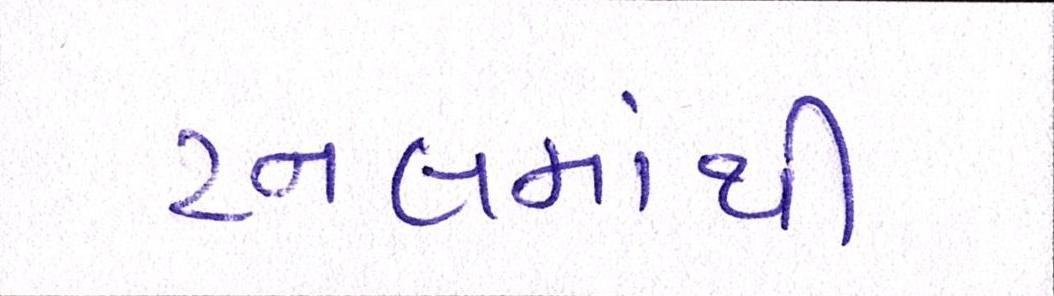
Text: ટનલમાંથી